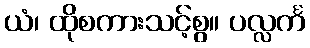
ယံ၊ ထိုစကားသင့်စွ။ ပလ္လင်္က